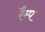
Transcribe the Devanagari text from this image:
रैम्‍प